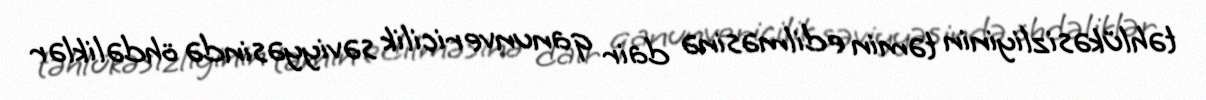
təhlükəsizliyinin təmin edilməsinə dair qanunvericilik səviyyəsində öhdəliklər